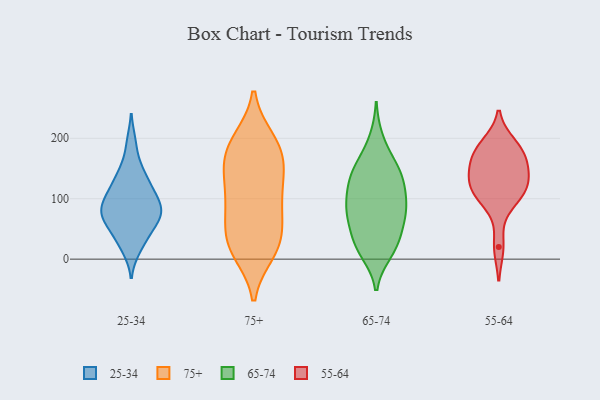
{"axis": {"x": "Budget (USD K)", "y": "Value"}, "legend": ["25-34", "55-64", "65-74", "75+"], "data": [{"x": "", "y": 17, "type": "25-34"}, {"x": "", "y": 114, "type": "25-34"}, {"x": "", "y": 44, "type": "25-34"}, {"x": "", "y": 73, "type": "25-34"}, {"x": "", "y": 30, "type": "25-34"}, {"x": "", "y": 77, "type": "25-34"}, {"x": "", "y": 83, "type": "25-34"}, {"x": "", "y": 143, "type": "25-34"}, {"x": "", "y": 80, "type": "25-34"}, {"x": "", "y": 63, "type": "25-34"}, {"x": "", "y": 119, "type": "25-34"}, {"x": "", "y": 63, "type": "25-34"}, {"x": "", "y": 104, "type": "25-34"}, {"x": "", "y": 96, "type": "25-34"}, {"x": "", "y": 146, "type": "25-34"}, {"x": "", "y": 192, "type": "25-34"}, {"x": "", "y": 195, "type": "75+"}, {"x": "", "y": 157, "type": "75+"}, {"x": "", "y": 16, "type": "75+"}, {"x": "", "y": 98, "type": "75+"}, {"x": "", "y": 54, "type": "75+"}, {"x": "", "y": 105, "type": "75+"}, {"x": "", "y": 198, "type": "75+"}, {"x": "", "y": 155, "type": "75+"}, {"x": "", "y": 24, "type": "75+"}, {"x": "", "y": 176, "type": "75+"}, {"x": "", "y": 87, "type": "75+"}, {"x": "", "y": 11, "type": "75+"}, {"x": "", "y": 76, "type": "75+"}, {"x": "", "y": 140, "type": "75+"}, {"x": "", "y": 43, "type": "75+"}, {"x": "", "y": 139, "type": "75+"}, {"x": "", "y": 18, "type": "75+"}, {"x": "", "y": 193, "type": "75+"}, {"x": "", "y": 66, "type": "65-74"}, {"x": "", "y": 91, "type": "65-74"}, {"x": "", "y": 72, "type": "65-74"}, {"x": "", "y": 24, "type": "65-74"}, {"x": "", "y": 126, "type": "65-74"}, {"x": "", "y": 84, "type": "65-74"}, {"x": "", "y": 143, "type": "65-74"}, {"x": "", "y": 108, "type": "65-74"}, {"x": "", "y": 165, "type": "65-74"}, {"x": "", "y": 22, "type": "65-74"}, {"x": "", "y": 78, "type": "65-74"}, {"x": "", "y": 149, "type": "65-74"}, {"x": "", "y": 41, "type": "65-74"}, {"x": "", "y": 83, "type": "65-74"}, {"x": "", "y": 133, "type": "65-74"}, {"x": "", "y": 21, "type": "65-74"}, {"x": "", "y": 12, "type": "65-74"}, {"x": "", "y": 197, "type": "65-74"}, {"x": "", "y": 133, "type": "65-74"}, {"x": "", "y": 159, "type": "55-64"}, {"x": "", "y": 190, "type": "55-64"}, {"x": "", "y": 118, "type": "55-64"}, {"x": "", "y": 20, "type": "55-64"}, {"x": "", "y": 184, "type": "55-64"}, {"x": "", "y": 95, "type": "55-64"}, {"x": "", "y": 119, "type": "55-64"}, {"x": "", "y": 104, "type": "55-64"}, {"x": "", "y": 132, "type": "55-64"}, {"x": "", "y": 176, "type": "55-64"}, {"x": "", "y": 136, "type": "55-64"}, {"x": "", "y": 162, "type": "55-64"}]}